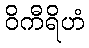
ဝိကီရိဟံ